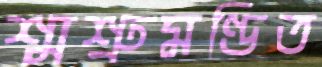
শ্মশ্রুমণ্ডিত